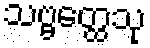
သဗ္ဗတ္ထေသု